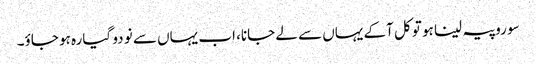
سو روپیہ لینا ہو تو کل آکے یہاں سے لے جانا، اب یہاں سے نو دو گیارہ ہو جاؤ۔